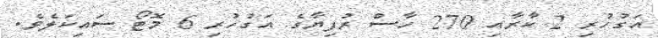
އަގުހުރި 2 ކާރާއި 270 ހާސް ރުފިޔާގެ އަގުހުރި 6 މޮޓޯ ސައިކަލެވެ.